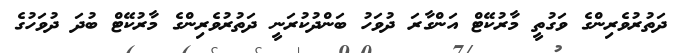
ދަތުރުވެރިންގެ ވަގުތީ މާރުކޭޓް އަންގާރަ ދުވަހު ބަންދުކުރަނީ ދަތުރުވެރިންގެ މާރުކޭޓް ބުދަ ދުވަހުގެ